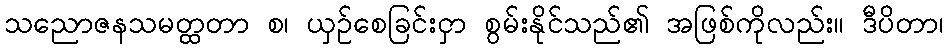
သညောဇနသမတ္ထတာ စ၊ ယှဉ်စေခြင်းငှာ စွမ်းနိုင်သည်၏ အဖြစ်ကိုလည်း။ ဒီပိတာ၊